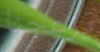
يزعجنا